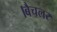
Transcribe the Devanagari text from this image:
।बैचलर